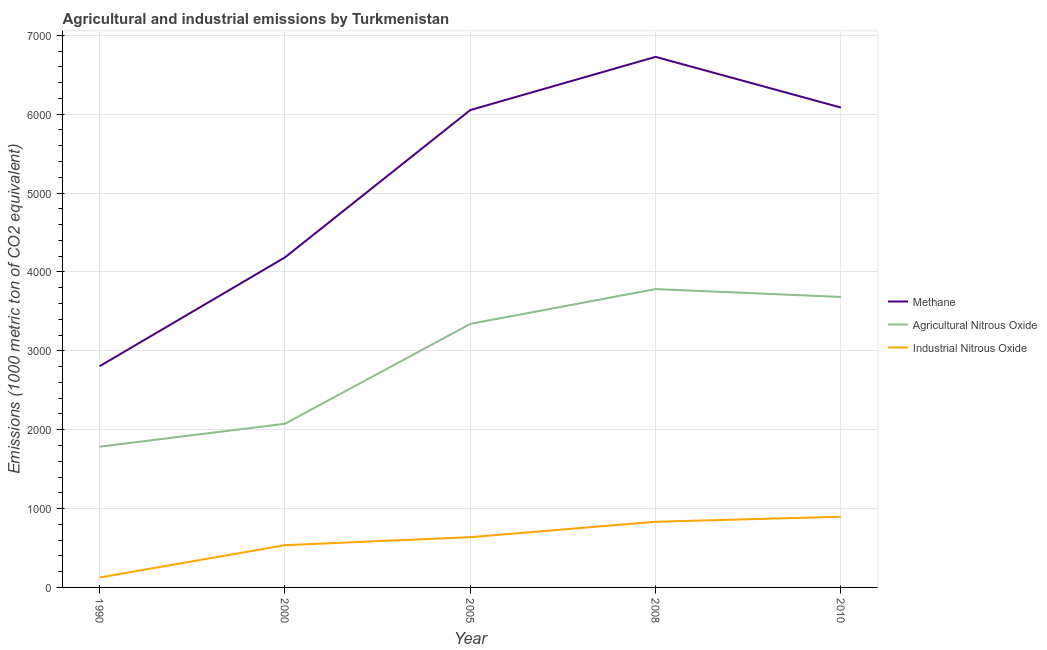
| Year | Methane | Agricultural Nitrous Oxide | Industrial Nitrous Oxide |
 | --- | --- | --- | --- |
 | 1990 | 2.8e+03 | 1.78e+03 | 126 |
 | 2000 | 4.18e+03 | 2.08e+03 | 536 |
 | 2005 | 6.05e+03 | 3.34e+03 | 637 |
 | 2008 | 6.73e+03 | 3.78e+03 | 832 |
 | 2010 | 6.08e+03 | 3.68e+03 | 896 |